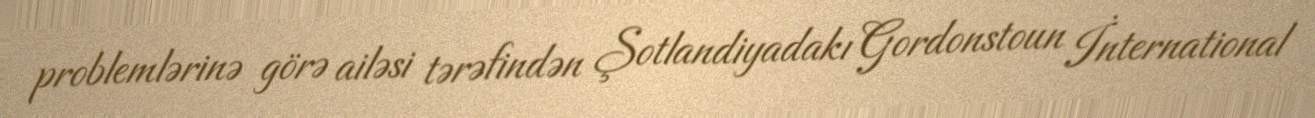
problemlərinə görə ailəsi tərəfindən Şotlandiyadakı Gordonstoun İnternational